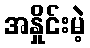
အနှိုင်းမဲ့